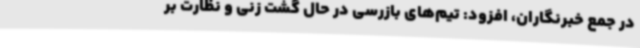
در جمع خبرنگاران، افزود: تیم‌های بازرسی در حال گشت زنی و نظارت بر